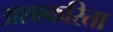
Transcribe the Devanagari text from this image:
अशाकरिता